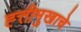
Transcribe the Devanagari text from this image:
ह्त्तीमुखाचे